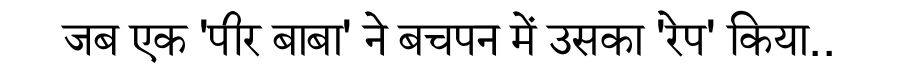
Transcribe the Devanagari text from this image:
जब एक 'पीर बाबा' ने बचपन में उसका 'रेप' किया..